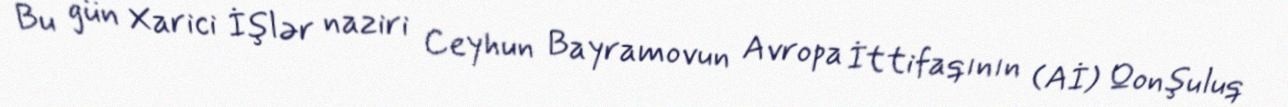
Bu gün Xarici İşlər naziri Ceyhun Bayramovun Avropa İttifaqının (Aİ) Qonşuluq